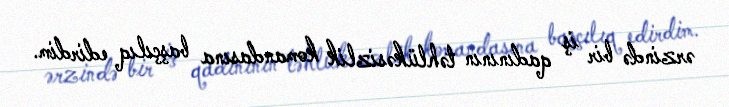
ərzində bir iş qadınının təhlükəsizlik komandasına başçılıq edirdim.